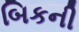
બિકની